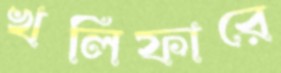
খলিফারে